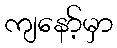
ကျနော့်မှာ